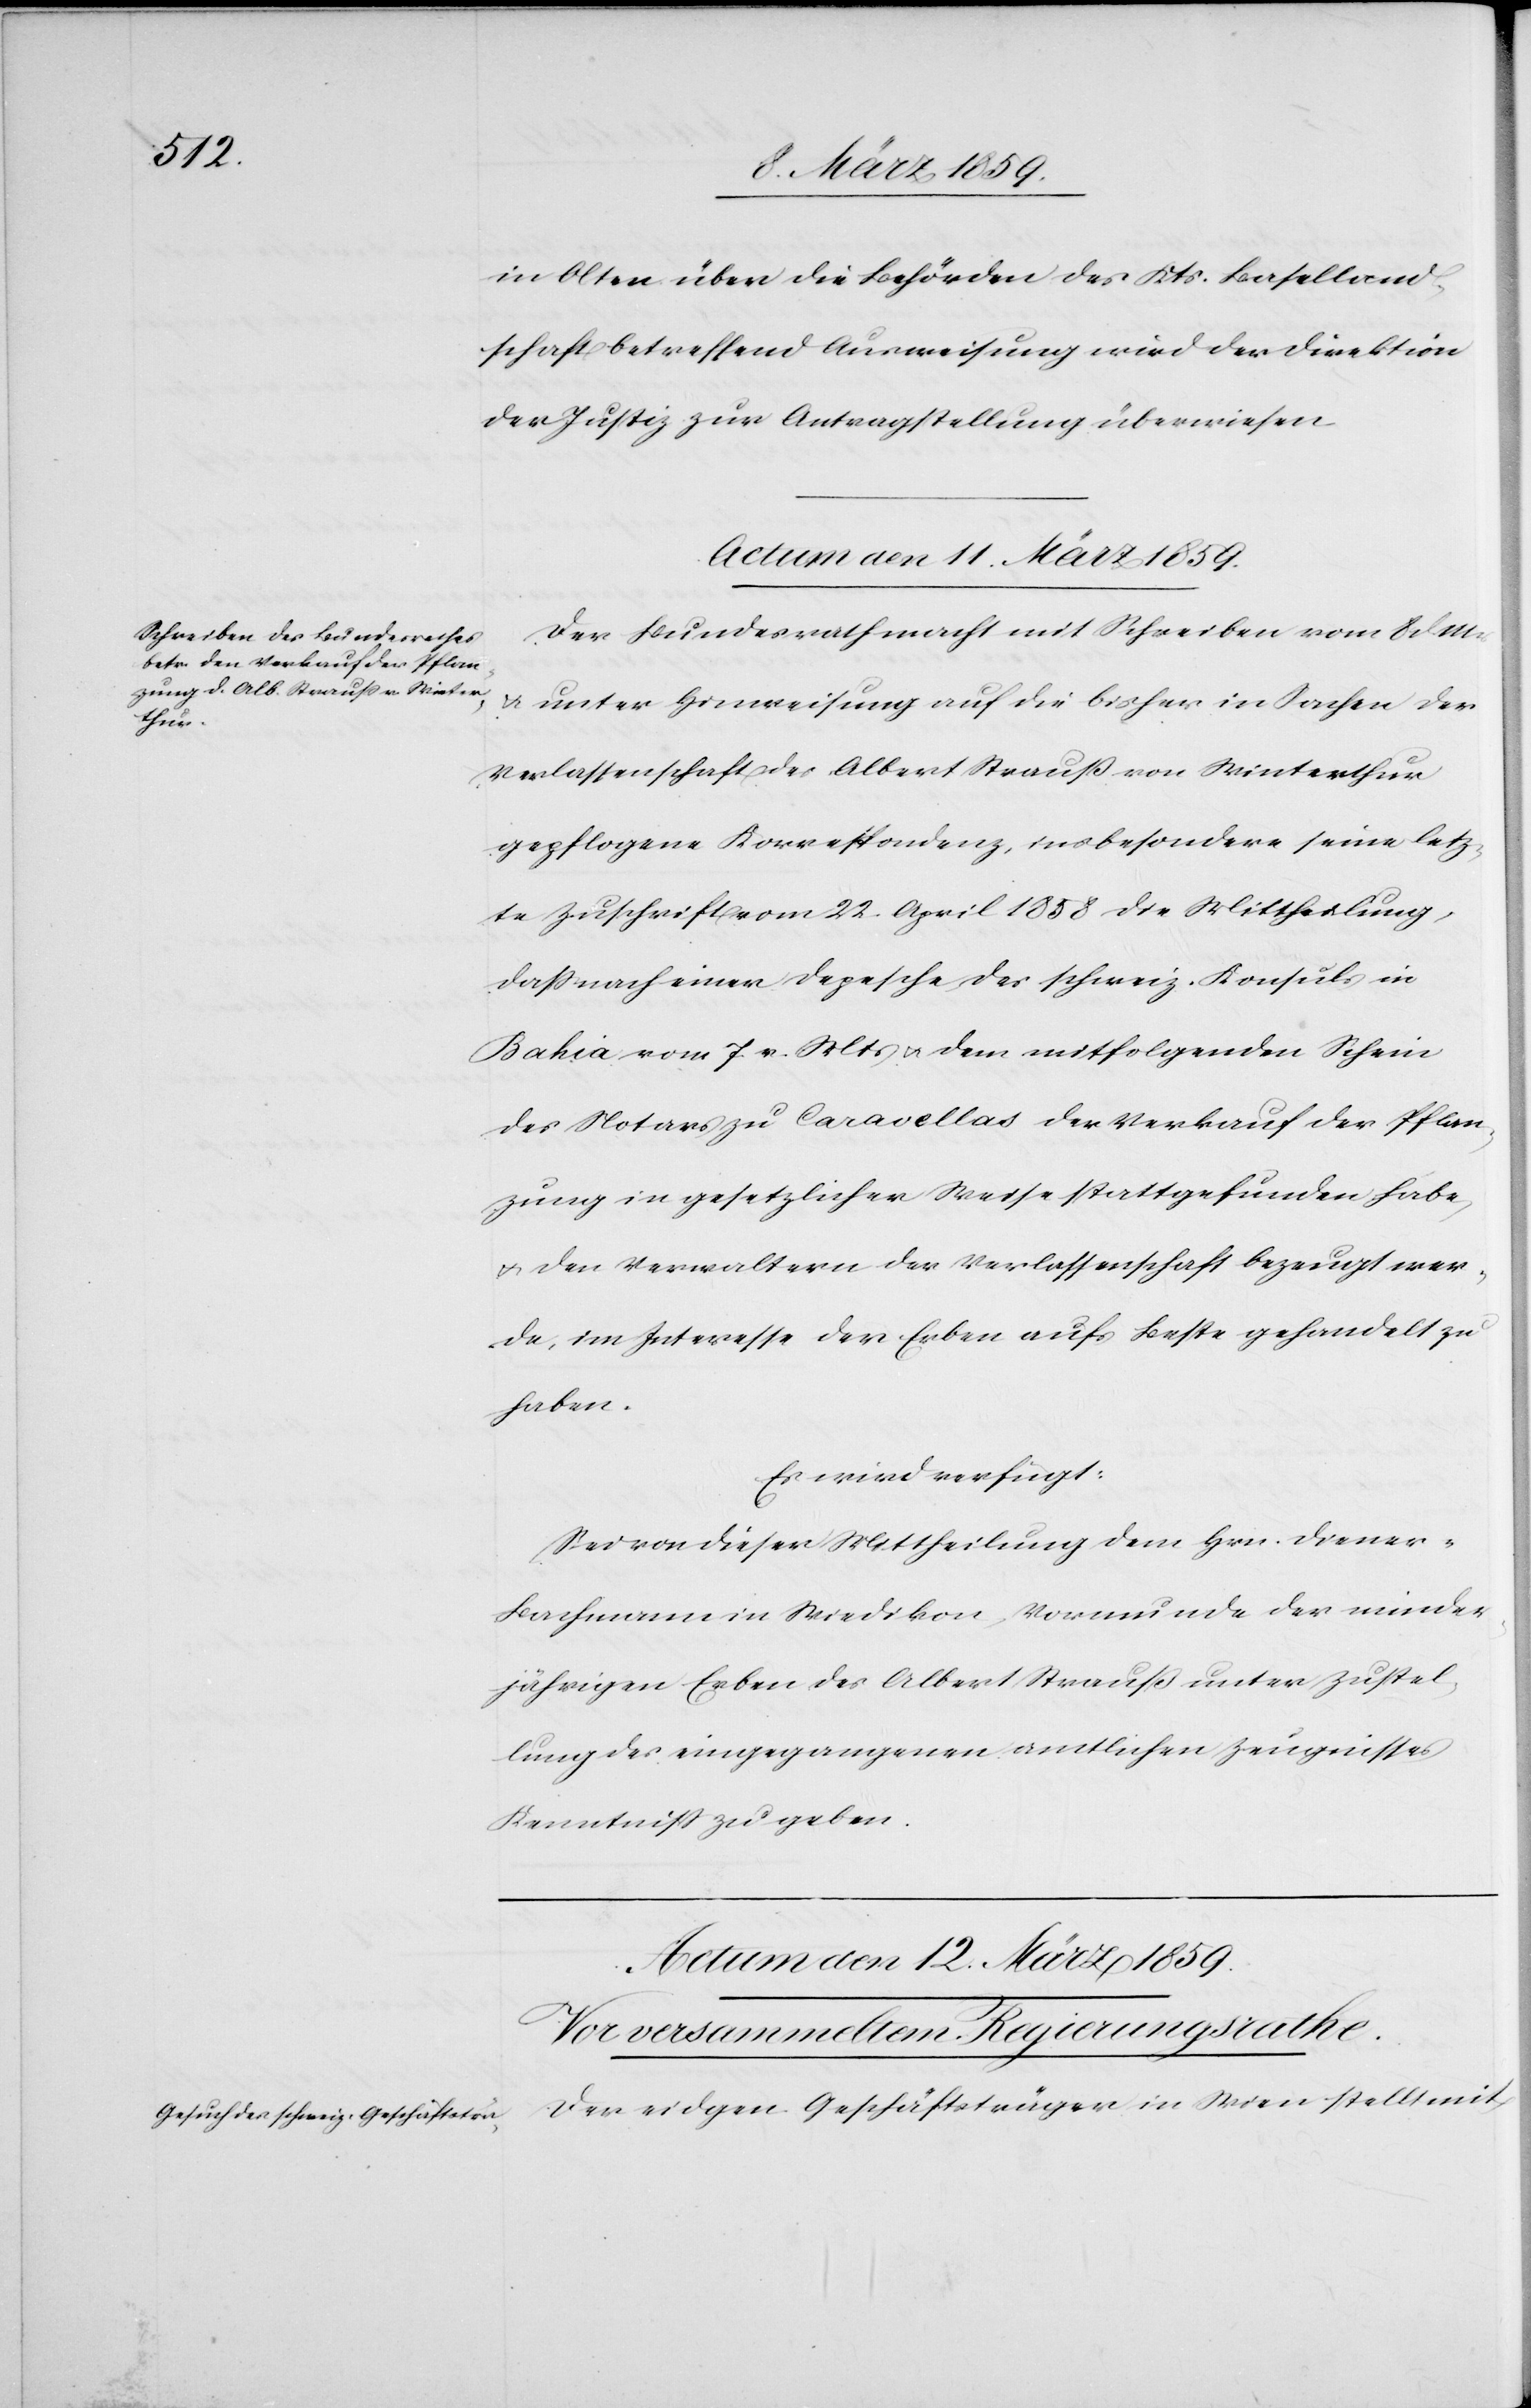
in Olten über die Behörden des Kts. Baselland¬
schaft betreffend Ausweisung wird der Direktion
der Justiz zur Antragstellung überwiesen.
Actum den 11. März 1859.
Der Bundesrath macht mit Schreiben vom 8. d.
u. unter Hinweisung auf die bisher in Sachen der
Verlassenschaft des Albert Strauß von Winterthur
gepflogene Korrespondenz, insbesondere seine letz¬
te Zuschrift vom 22. April 1858 die Mittheilung,
daß nach einer Depesche des schweiz. Konsuls in
Bahia vom 7. v. Mts u. dem mitfolgenden Schein
des Notars zu Caravellas der Verkauf der Pflan¬
zung in gesetzlicher Weise stattgefunden habe,
u. den Verwaltern der Verlassenschaft bezeugt wer¬
de, im Interesse der Erben aufs Beste gehandelt zu
haben.
Es wird verfügt:
Sei von dieser Mittheilung dem Hrn. Diener-B¬
achmann in Wiedikon, Vormunde der minder¬
jährigen Erben des Albert Strauß unter Zustel¬
lung des eingegangenen amtlichen Zeugnisses
Kenntniß zu geben.
Der eidgen. Geschäftsträger in Wien stellt mit